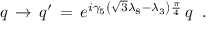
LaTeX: q \, \rightarrow \, q ^ { \prime } \, = \, e ^ { i \gamma _ { 5 } \left( \sqrt { 3 } \lambda _ { 8 } - \lambda _ { 3 } \right) \frac { \pi } { 4 } } \, q \; \; .